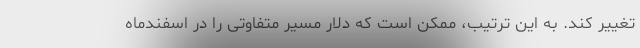
تغییر کند. به این ترتیب،‌ ممکن است که دلار مسیر متفاوتی را در اسفندماه